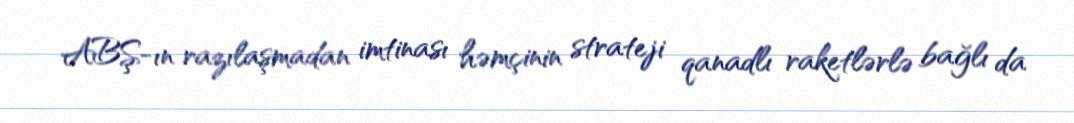
ABŞ-ın razılaşmadan imtinası həmçinin strateji qanadlı raketlərlə bağlı da